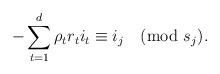
LaTeX: \begin{align*} -\sum_{t=1}^d \rho_{t} r_{t} i_{t} \equiv i_j \pmod{s_j}. \end{align*}